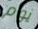
يوم